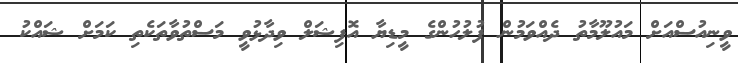
ވީނިއުސްއަށް މައުލޫމާތު ދެއްވަމުން ފުލުހުންގެ މީޑިޔާ އޮފިޝަލް ވިދާޅުވީ މަސްތުވާތަކެތި ކަމަށް ޝައްކު